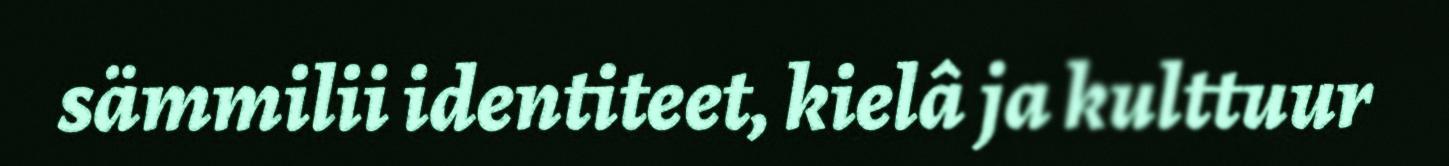
sämmilii identiteet, kielâ ja kulttuur